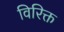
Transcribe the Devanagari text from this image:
विरिक्त